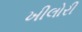
ખીલોરી